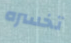
تخسره